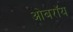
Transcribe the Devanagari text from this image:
ओबराॅय